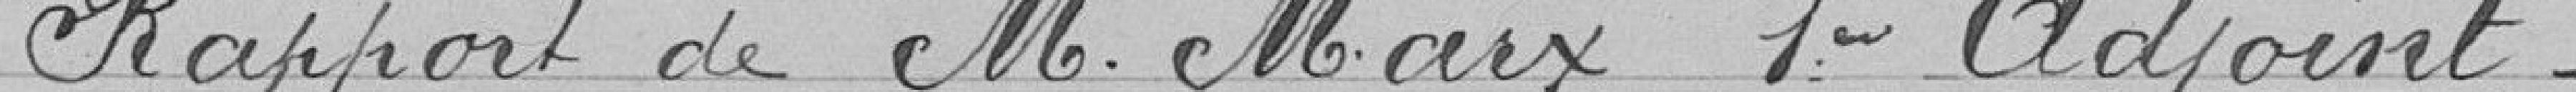
Rapport de M.Marx 1er adjoint.